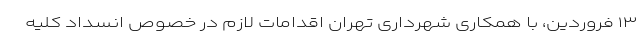
۱۳ فروردین، با همکاری شهرداری تهران اقدامات لازم در خصوص انسداد کلیه